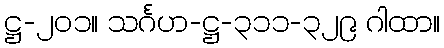
ဋ္ဌ-၂၀၁။ သင်္ဂဟ-ဋ္ဌ-၃၁၁-၃၂၉ ဂါထာ။